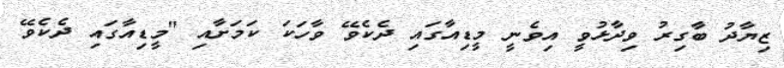
ޒިޔާދު ބާގިރު ވިދާޅުވީ އިވެނީ މީޑިއާގައި ދެކެވޭ ވާހަކަ ކަމަށާއި "މީޑިއާގައި ދެކެވޭ